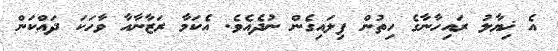
އެ ޚިޔާލު ރައިހާނާގެ ހިތުން ފިލައިގެން ނުދެއެވެ. އެކަމާ ރަޒާނާއާ ވާހަކަ ދައްކަން